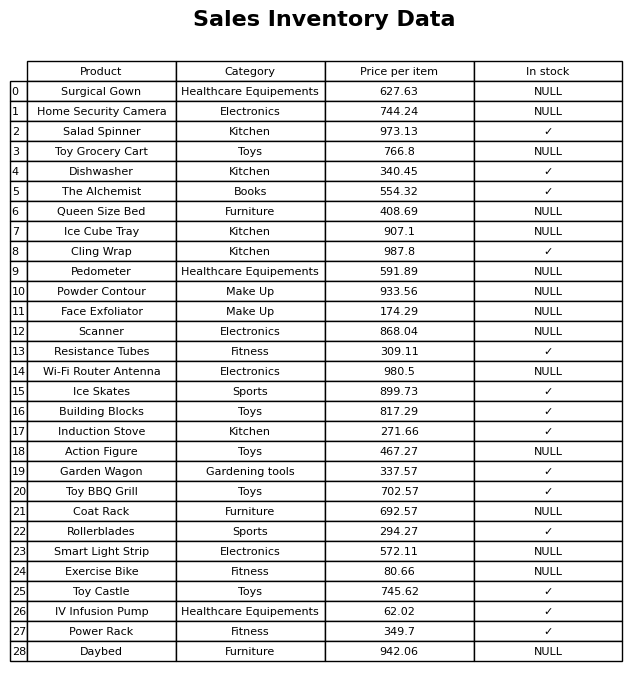
question: What is the price for Surgical Gown?
answer: The price of Surgical Gown is 627.63.